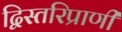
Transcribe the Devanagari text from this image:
द्विस्तरिप्राणी